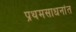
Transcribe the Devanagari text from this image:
प्रथमसाधनांत